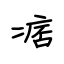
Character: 痞